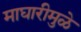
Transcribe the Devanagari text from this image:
माघारीमुळे